Burma Government Medical School reports 1923-41
Year: 1923
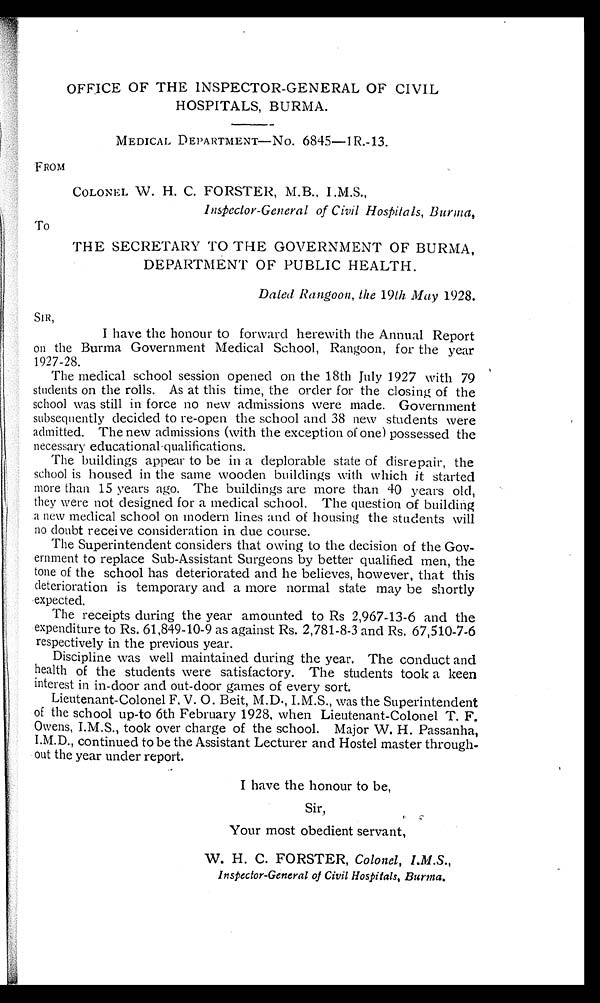
OFFICE OF THE INSPECTOR-GENERAL OF CIVIL
HOSPITALS, BURMA.
MEDICAL DEPARTMENT—No. 6845—1R.-13.
FROM
COLONEL W. H. C. FORSTER, M.B., I.M.S.,
Inspector-General of Civil Hospitals, Burma,
To
THE SECRETARY TO THE GOVERNMENT OF BURMA,
DEPARTMENT OF PUBLIC HEALTH.
Dated Rangoon, the 19th May 1928.
SIR,
I have the honour to forward herewith the Annual Report
on the Burma Government Medical School, Rangoon, for the year
1927-28.
The medical school session opened on the 18th July 1927 with 79
students on the rolls. As at this time, the order for the closing of the
school was still in force no new admissions were made. Government
subsequently decided to re-open the school and 38 new students were
admitted. The new admissions (with the exception of one) possessed the
necessary educational-qualifications.
The buildings appear to be in a deplorable state of disrepair, the
school is housed in the same wooden buildings with which it started
more than 15 years ago. The buildings are more than 40 years old,
they were not designed for a medical school. The question of building
a new medical school on modern lines and of housing the students will
no doubt receive consideration in due course.
The Superintendent considers that owing to the decision of the Gov
-ernment to replace Sub-Assistant Surgeons by better qualified men, the
tone of the school has deteriorated and he believes, however, that this
deterioration is temporary and a more normal state may be shortly
expected.
The receipts during the year amounted to Rs 2,967-13-6 and the
expenditure to Rs. 61,849-10-9 as against Rs. 2,781-8-3 and Rs. 67,510-7-6
respectively in the previous year.
Discipline was well maintained during the year. The conduct and
health of the students were satisfactory. The students took a keen
interest in in-door and out-door games of every sort.
Lieutenant-Colonel F. V. O. Beit, M.D., I.M.S., was the Superintendent
of the school up-to 6th February 1928, when Lieutenant-Colonel T. F.
Owens, I.M.S., took over charge of the school. Major W. H. Passanha,
I.M.D., continued to be the Assistant Lecturer and Hostel master through
-out the year under report.
I have the honour to be,
Sir,
Your most obedient servant,
W. H. C. FORSTER, Colonel, I.M.S.,
Inspector-General of Civil Hospitals, Burma.